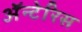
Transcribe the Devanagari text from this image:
अॅन्टेरिस